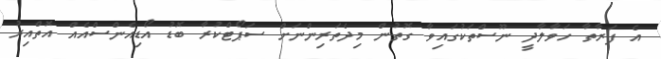
އެ ފަރާތާ ހަވާލާދީ ނޫސްތަކުގައިވާ ގޮތުން މިދެތަރިންނަށް ސަޕޯޓްކުރާ ބޮޑު އޯޑިއެންސްއެއް އޮތްއިރު